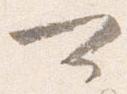
可